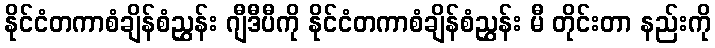
နိုင်ငံတကာစံချိန်စံညွှန်း ဂျီဒီပီကို နိုင်ငံတကာစံချိန်စံညွှန်း မီ တိုင်းတာ နည်းကို